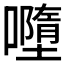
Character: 𡃏